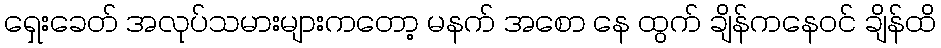
ရှေးခေတ် အလုပ်သမားများကတော့ မနက် အစော နေ ထွက် ချိန်ကနေဝင် ချိန်ထိ